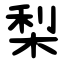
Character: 梨